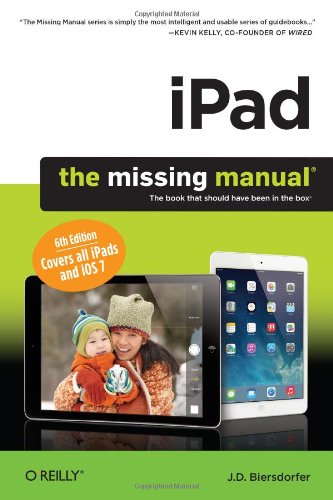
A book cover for iPad: The Missing Manual (Missing Manuals); Biersdorfer; Computers & Technology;